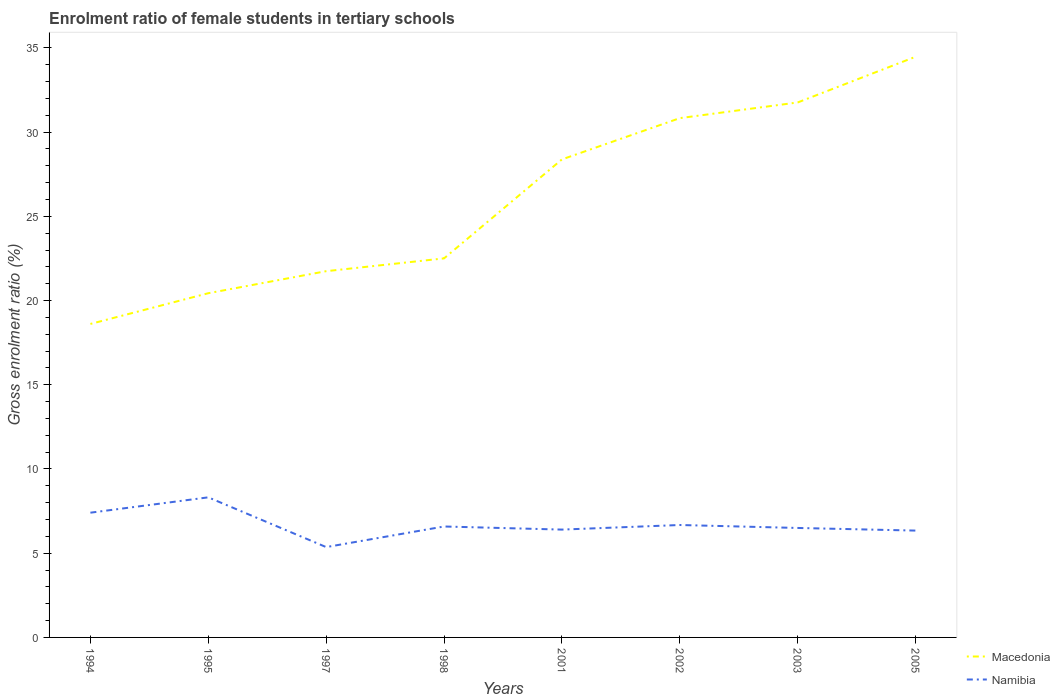
| Years | Macedonia | Namibia |
 | --- | --- | --- |
 | 1994 | 18.6 | 7.41 |
 | 1995 | 20.4 | 8.32 |
 | 1997 | 21.7 | 5.36 |
 | 1998 | 22.5 | 6.59 |
 | 2001 | 28.4 | 6.4 |
 | 2002 | 30.8 | 6.67 |
 | 2003 | 31.8 | 6.5 |
 | 2005 | 34.5 | 6.34 |